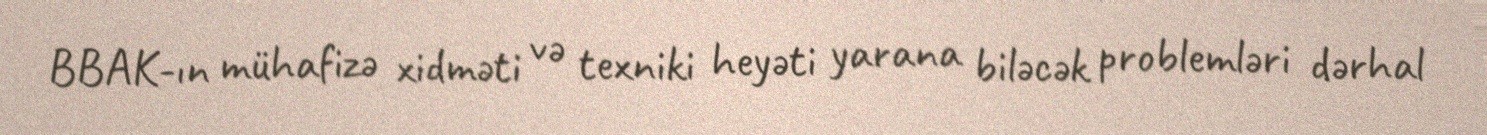
BBAK-ın mühafizə xidməti və texniki heyəti yarana biləcək problemləri dərhal